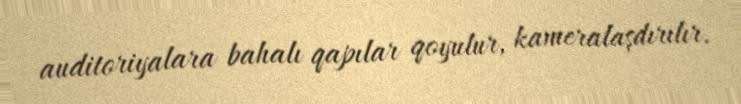
auditoriyalara bahalı qapılar qoyulur, kameralaşdırılır.